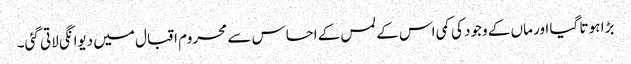
بڑا ہو تا گیا اور ماں کے وجود کی کمی اس کے لمس کے احساس سے محروم اقبال میں دیوانگی لاتی گئی۔